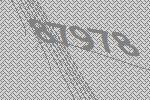
87978